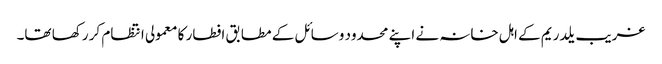
غریب یلدریم کے اہل خانہ نے اپنے محدود وسائل کے مطابق افطار کا معمولی انتظام کر رکھا تھا۔